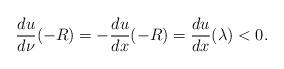
LaTeX: \begin{align*}\dfrac{d u}{d \nu}(-R)=-\dfrac{d u}{d x}(-R)=\dfrac{d u}{d x}(\lambda)<0.\end{align*}